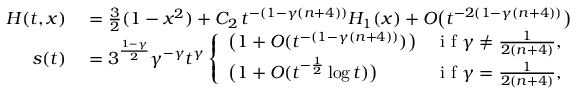
\begin{array} { r l r l } { H ( t , x ) } & { { } = \frac 3 2 ( 1 - x ^ { 2 } ) + C _ { 2 } \, t ^ { - ( 1 - \gamma ( n + 4 ) ) } H _ { 1 } ( x ) + O \big ( t ^ { - 2 ( 1 - \gamma ( n + 4 ) ) } \big ) } & { } & { { } \mathrm { ~ f ~ o ~ r ~ } \quad x \in [ - 1 , 1 ] , } \\ { s ( t ) } & { { } = 3 ^ { \frac { 1 - \gamma } { 2 } } \gamma ^ { - \gamma } t ^ { \gamma } \left\{ \begin{array} { l l } { \big ( 1 + O ( t ^ { - ( 1 - \gamma ( n + 4 ) ) } ) \big ) } & { \mathrm { ~ i ~ f ~ } \gamma \ne \frac { 1 } { 2 ( n + 4 ) } , } \\ { \big ( 1 + O ( t ^ { - \frac 1 2 } \log t ) \big ) } & { \mathrm { ~ i ~ f ~ } \gamma = \frac { 1 } { 2 ( n + 4 ) } , } \end{array} \right. } \end{array}